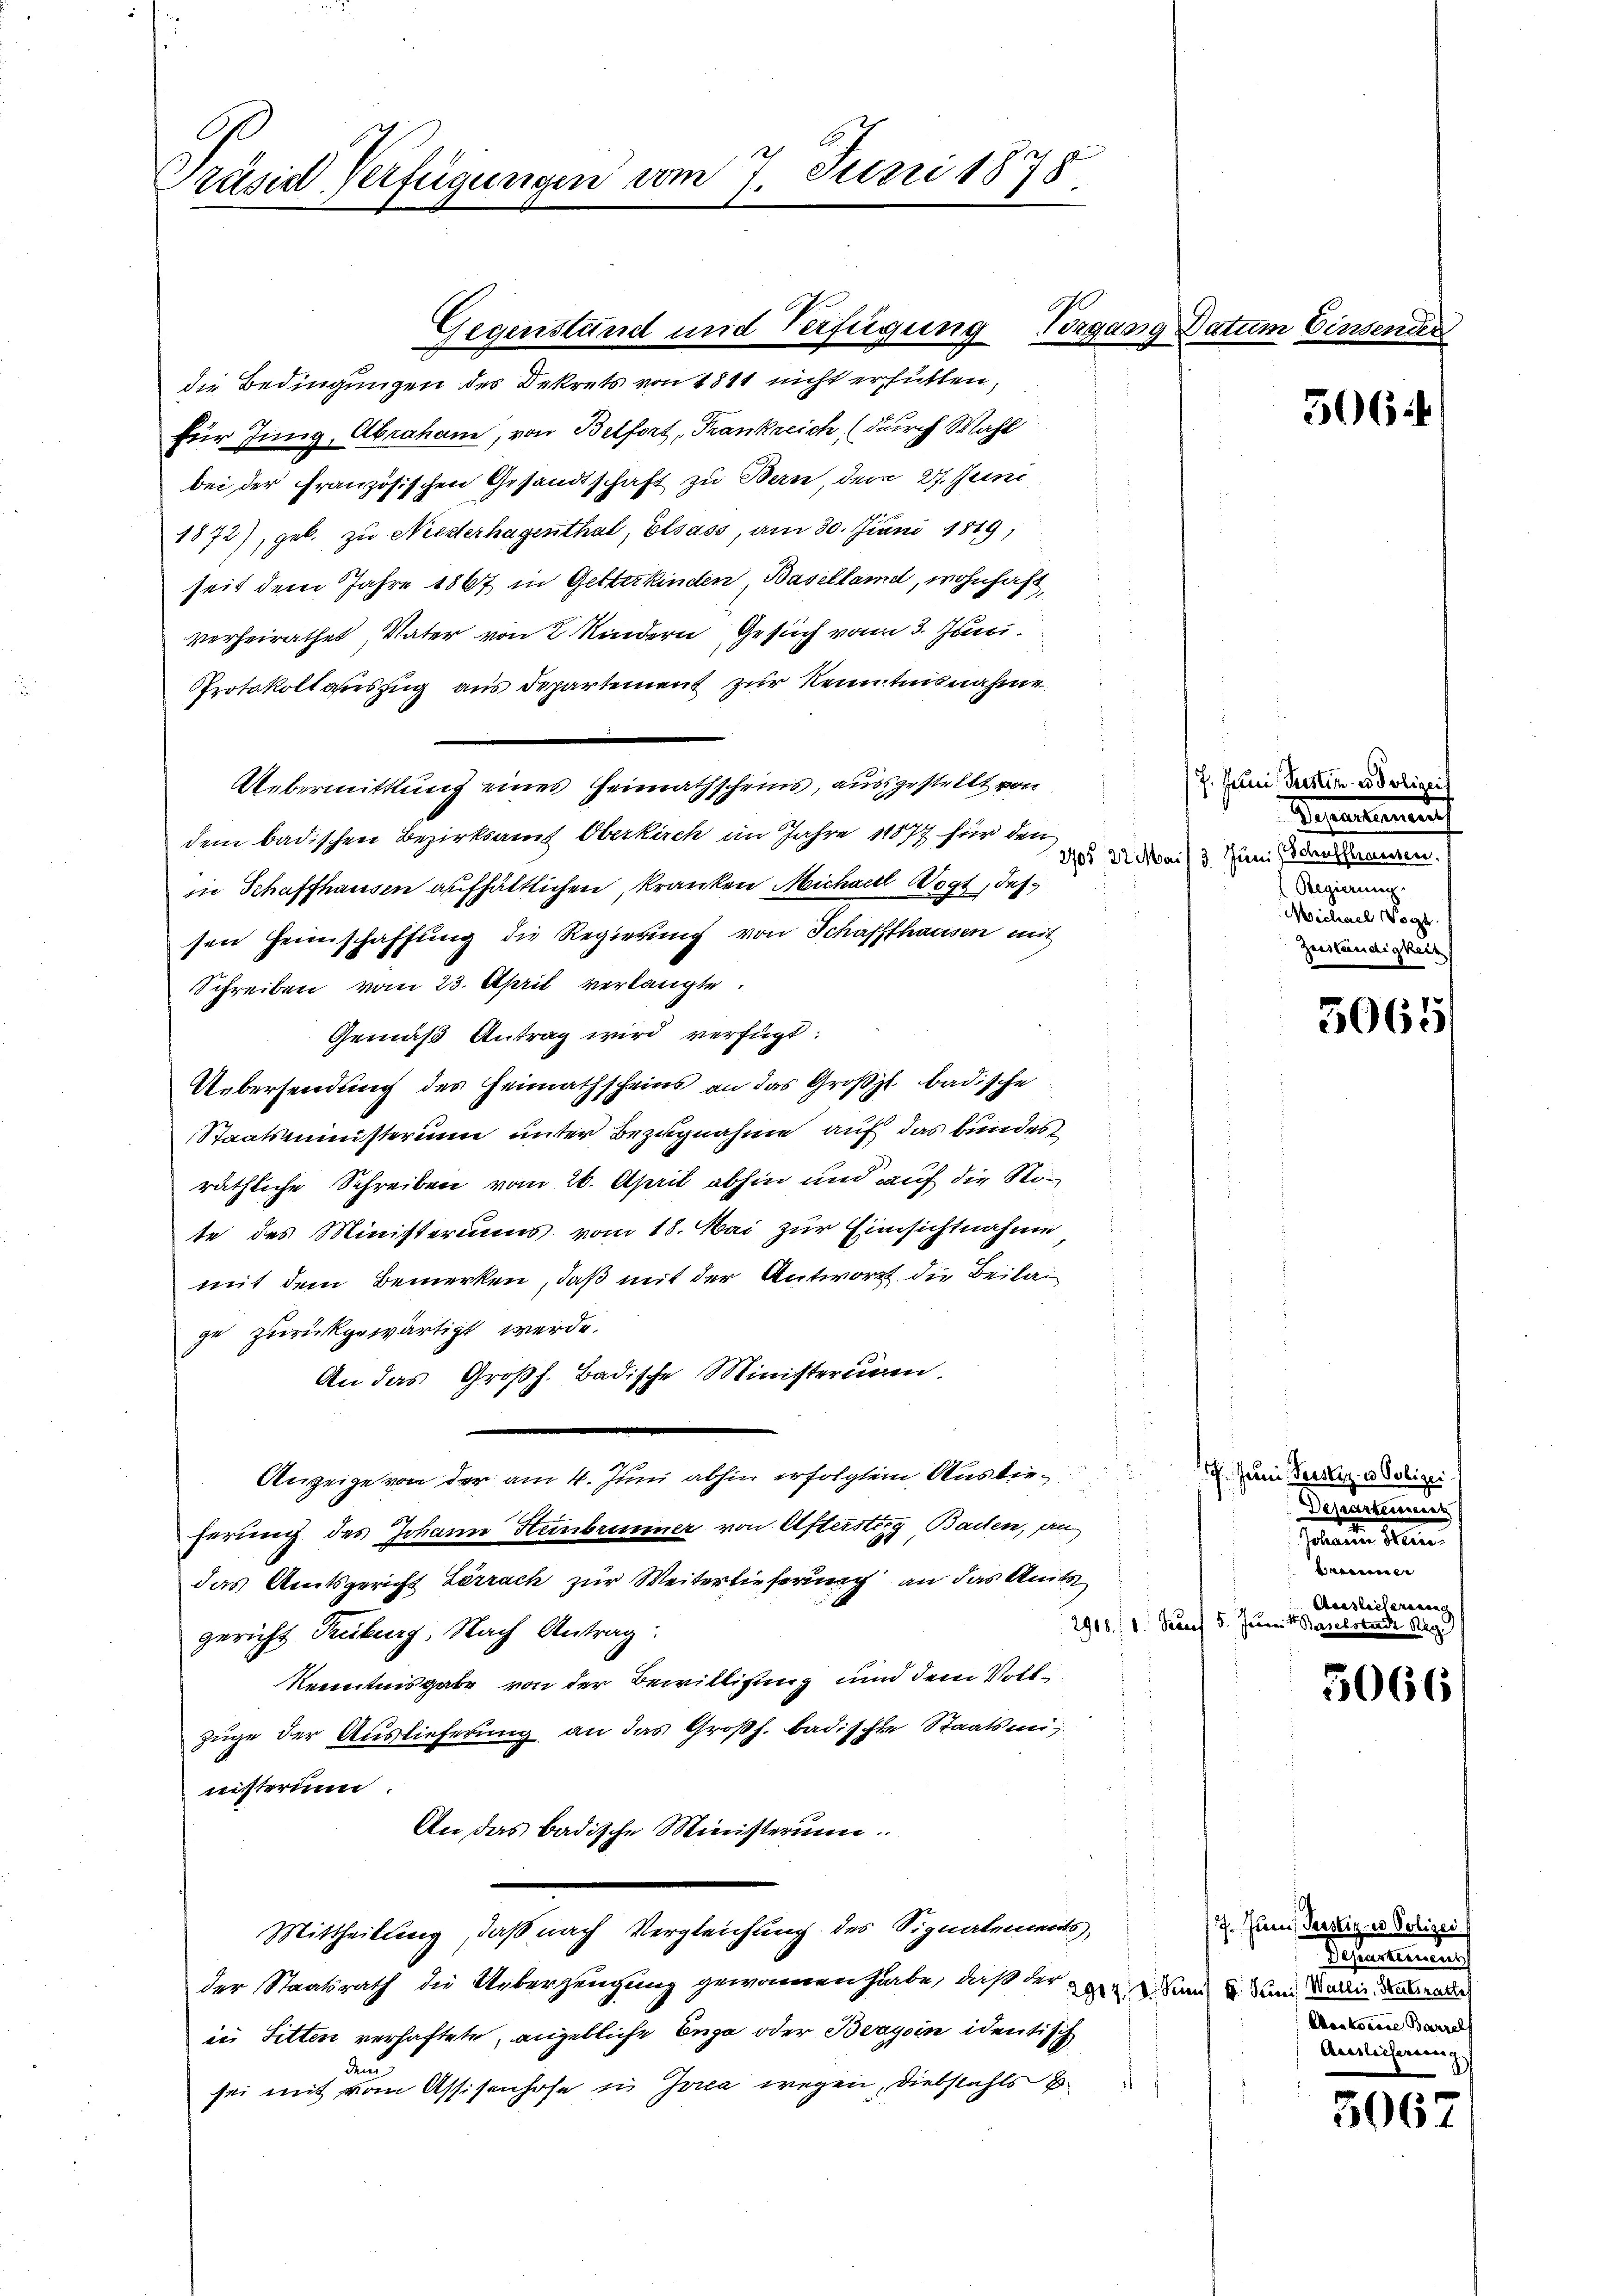
Präsid-Verfügungen vom 7. Juni 1878

Gegenstand und Verfügung Vorgang d.

die Bedingungen des Dekrets von 1811 nicht erfütten,
für Jung, Abraham, von Belfort, Frankreich (durch Wahl
bei der Französischen Gesandtschaft zu Bern, dem 27. Juni
1872), geb. zu Niederhagenthal, Elsass, am 30. Juni 1819,
seit dem Jahre 1867 in Getterkinden Baselland, wohnhaft,
verheirathet, Vater von 2 Kindern Gesuch von 3. Juni
Protokoll auszug aus Departement zur Kenntnisnahme
Uebermittlung eines Heimathscheins, ausgestellt von
dem badischen Bezirksamt Oberkirch im Jahre 1877 für den
in Schaffhausen aufhältlichen, kranken Michael Wogt, des
sen Heimschaffung die Regierung von Schaffhausen mit
Schreiben vom 23. April verlangte
Gemäß Antrag wird verfügt:
Uebersendung des Heimathscheins an das Großzl badische
Staatsministerium unter Bezugnahme auf das bundes
räthliche Schreiben vom 26. April abhin und auf die Son
te des Ministeriums vom 18. Mai zur Einsichtnahme,
mit dem Bemerken, daß mit der Antwort die Beila
ge zurückgewärtigt werde.
An das Großh. Badische Ministerium.
Anzeige von der am 4. Juni abhin erfolgtem Austrium der ad dein
ferung des Johann Hembrunner von Aftersteig Baden, an
das Amtsgericht Lörrach zur Weiterlieferung an das Amts
gericht Treiburg, Nach Antrag:
Kenntnisgabe von der Bewilligung und dem Vollzüge der Auslieferung an das Großh. badischen Staatsministerium
An das badische Ministerium
Mittheilung, daß nach Vergleichung des Signalements,
der Staatsrath die Ueberzeugung gewonnen habe, daß der der Sand, u. dem Baden de
in Sitten verhaftete, angebliche Enge oder Bergen identisch
den
sei mit vom Assisenhofe in Jona wegen, Diebstahls B

atum Cir

7. Juni, Justin u. Polizei
Gesammenaus
1/05. 3. Mai/ 3. Juni Jahressammen.
n
Michael Wogt.
Zuständigkeit

506.

3065/

Departeiserer

Bassenen |
Aeislicherenann
2908. 1. Frauf 5. Juni v. Baselstadi 299

5066

17. Juni, Perstiz- u Polizei (
Scheinung
Mankoiare Barzell
Aesslicherung

5067